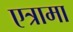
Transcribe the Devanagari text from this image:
एत्रामा